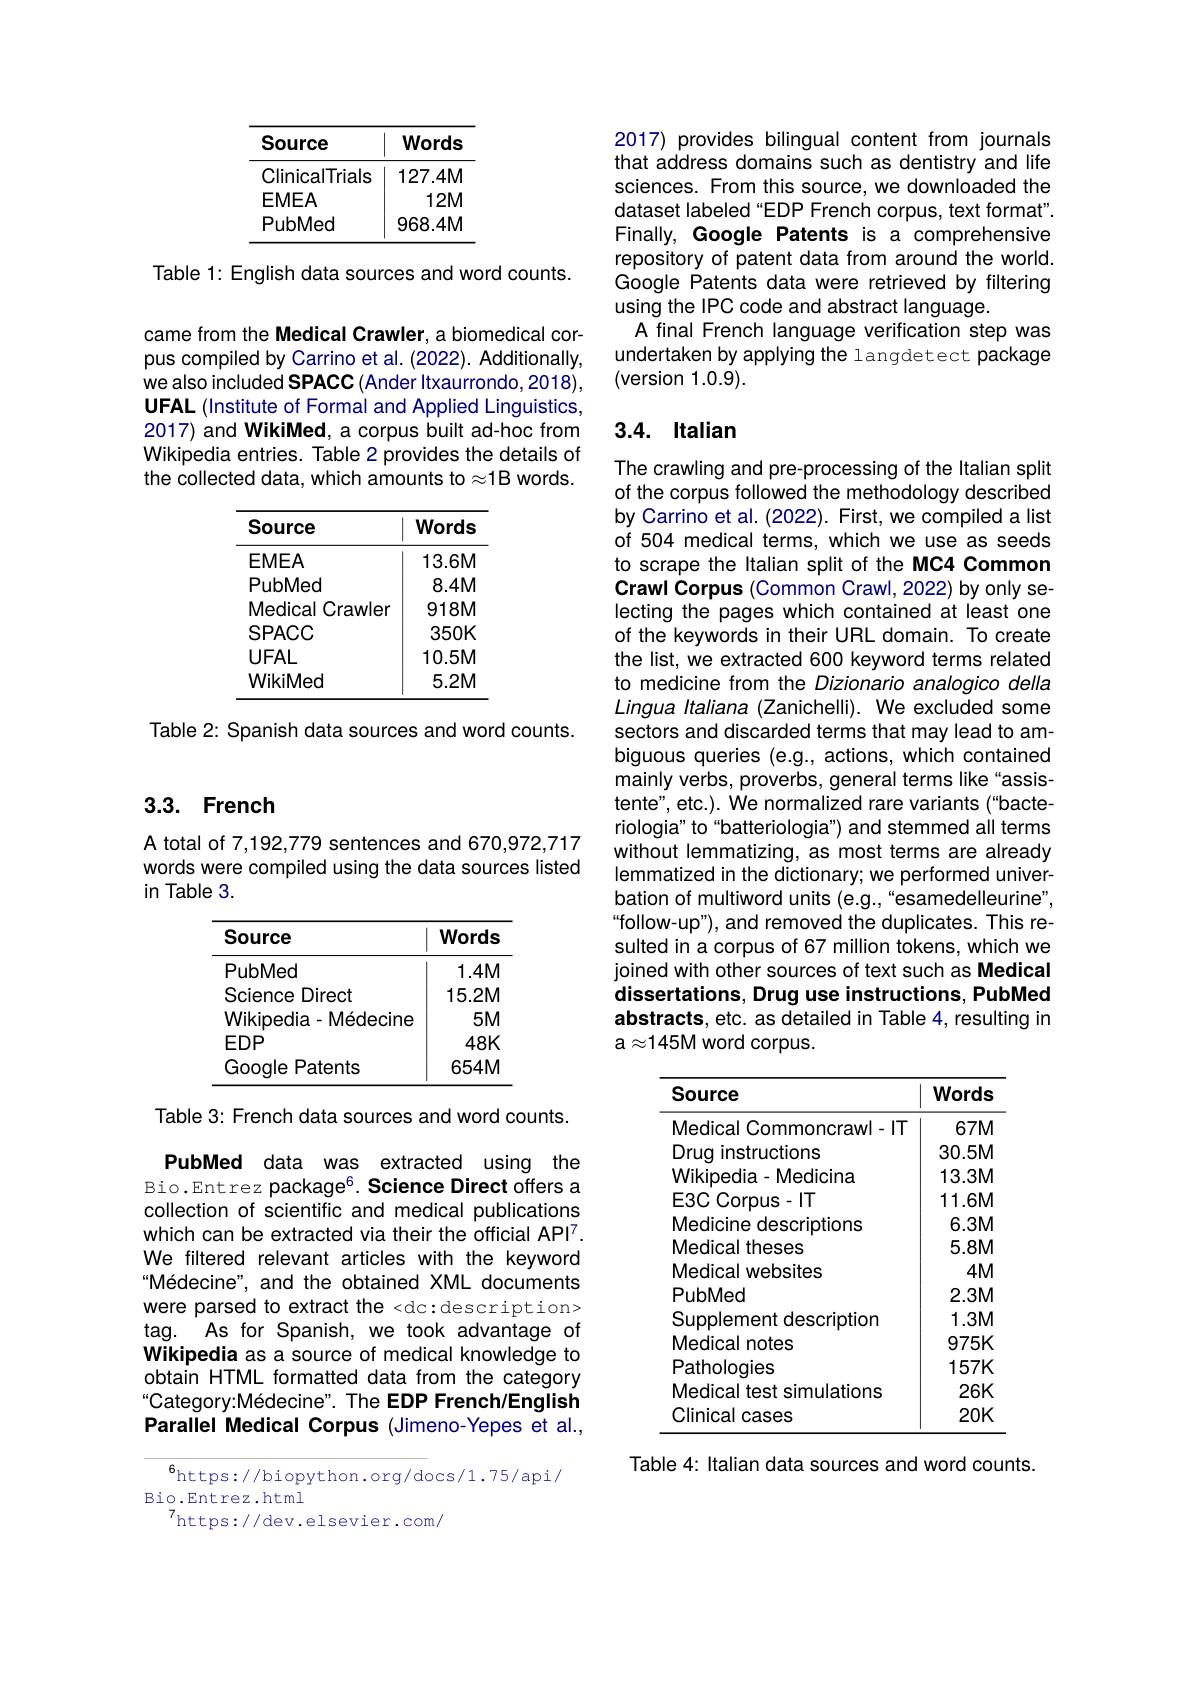
<table>
	<tbody>
		<tr>
			<th>Source</th>
			<th>Words</th>
		</tr>
		<tr>
			<td>ClinicalTrials CAACA</td>
			<td>$127.4N$ 1.</td>
		</tr>
		<tr>
			<td>PubMed</td>
			<td>968.4N</td>
		</tr>
	</tbody>
</table>

Table 1: English data sources and word counts. came from the Medical Crawler, a biomedical corpus compiled by Carrino et al. (2022). Additionally, we also included SPACC (Ander Itxaurrondo, 2018), UFAL (Institute of Formal and Applied Linguistics, 2017) and WikiMed, a corpus built ad-hoc from Wikipedia entries. Table 2 provides the details of the collected data, which amounts to$\approx1$B words.

<table>
	<tbody>
		<tr>
			<th>Source</th>
			<th>Words</th>
		</tr>
		<tr>
			<td>EMEA</td>
			<td>$13.6M$</td>
		</tr>
		<tr>
			<td>PubMed</td>
			<td>$8.4M$</td>
		</tr>
		<tr>
			<td>Medical Crawler 1</td>
			<td>$918M$</td>
		</tr>
		<tr>
			<td>SPACC</td>
			<td>$350K$</td>
		</tr>
		<tr>
			<td>$UFAL$</td>
			<td>$10.5M$</td>
		</tr>
		<tr>
			<td>WikiMed</td>
			<td>$5.2M$</td>
		</tr>
	</tbody>
</table>

Table 2: Spanish data sources and word counts.

## 3.3. French

A total of 7,192,779 sentences and 670,972,717 words were compiled using the data sources listed in Table 3.

<table>
	<tbody>
		<tr>
			<th>Source</th>
			<th>Words</th>
		</tr>
		<tr>
			<td>PubMed</td>
			<td>$1.4N$</td>
		</tr>
		<tr>
			<td>Science Direct</td>
			<td>15.2M</td>
		</tr>
		<tr>
			<td>Google ${\mathrm{Patents}}$</td>
			<td>$654N$</td>
		</tr>
	</tbody>
</table>

Table 3: French data sources and word counts.

PubMed data was extracted using the Bio.Entrez package$^{6}$. Science Direct offers a collection of scientific and medical publications which can be extracted via their the official API$^{7}.$ We filtered relevant articles with the keyword Médecine", and the obtained XML documents were parsed to extract the <dc:description> tag. As for Spanish, we took advantage of Wikipedia as a source of medical knowledge to obtain HTML formatted data from the category Category: Médecine" . The EDP French/English Parallel Medical Corpus (Jimeno-Yepes et al.,

$^{6}$https://biopython.org/docs/1.75/api/
Bio.Entrez.html
7https://dev.elsevier.com/

2017) provides bilingual content from journals that address domains such as dentistry and life sciences. From this source, we downloaded the dataset labeled“EDP French corpus, text format". Finally, Google Patents is a comprehensive repository of patent data from around the world. Google Patents data were retrieved by filtering using the IPC code and abstract language.
A final French language verification step was undertaken by applying the langdetect package (version 1.0.9).

# 3.4. Italian

The crawling and pre-processing of the Italian split of the corpus followed the methodology described by Carrino et al. (2022). First, we compiled a list of 504 medical terms, which we use as seeds to scrape the Italian split of the MC4 Common Crawl Corpus (Common Crawl, 2022) by only selecting the pages which contained at least one of the keywords in their URL domain. To create the list, we extracted 600 keyword terms related to medicine from the Dizionario analogico della Lingua Italiana (Zanichelli). We excluded some sectors and discarded terms that may lead to ambiguous queries (e.g., actions, which contained mainly verbs, proverbs, general terms like“assistente", etc.). We normalized rare variants (“bacteriologia" to“batteriologia”) and stemmed all terms without lemmatizing, as most terms are already lemmatized in the dictionary; we performed univerbation of multiword units (e.g., "esamedelleurine", “follow-up”), and removed the duplicates. This resulted in a corpus of 67 million tokens, which we joined with other sources of text such as Medical dissertations, Drug use instructions, PubMed abstracts, etc. as detailed in Table 4, resulting in a$\approx145$M word corpus.

<table>
	<tbody>
		<tr>
			<th>Source</th>
			<th>Words</th>
		</tr>
		<tr>
			<td>Medical Commoncrawl-|T</td>
			<td>$67M$</td>
		</tr>
		<tr>
			<td>Drua y instructions</td>
			<td>$30.5M$</td>
		</tr>
		<tr>
			<td>Wikipedia- Medicina</td>
			<td>$13.3M$</td>
		</tr>
		<tr>
			<td>E3C Corpus- IT</td>
			<td>$11.6M$</td>
		</tr>
		<tr>
			<td>Medicine descriptions</td>
			<td>$6.3M$</td>
		</tr>
		<tr>
			<td>Medical theses</td>
			<td>$5.8M$</td>
		</tr>
		<tr>
			<td>Medical websites</td>
			<td>$4M$</td>
		</tr>
		<tr>
			<td>PubMed</td>
			<td>$2.3M$</td>
		</tr>
		<tr>
			<td>Supplement description</td>
			<td>$1.3M$</td>
		</tr>
		<tr>
			<td>Medical notes</td>
			<td>$975K$</td>
		</tr>
		<tr>
			<td>Pathologies</td>
			<td>$157K$</td>
		</tr>
		<tr>
			<td>Medical test simulations</td>
			<td>$26K$</td>
		</tr>
		<tr>
			<td>Clinical l cases</td>
			<td>$20K$</td>
		</tr>
	</tbody>
</table>

Table 4: Italian data sources and word counts.